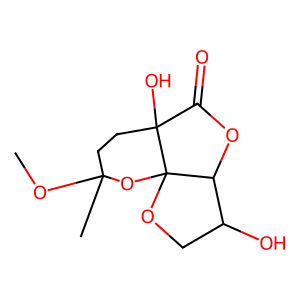
SMILES: COC1(C)CCC2(O)C(=O)OC3C(O)COC32O1
Inhibits HIV replication: No